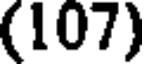
(107)